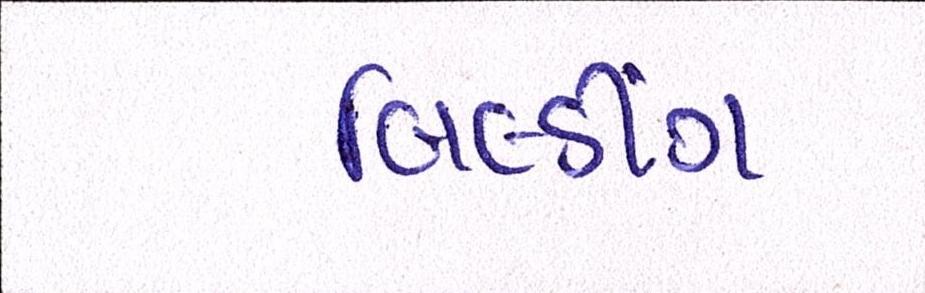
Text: બિલ્ડીંગ